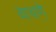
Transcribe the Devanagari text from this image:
वाचणे़